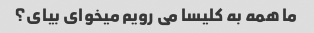
ما همه به کلیسا می رویم میخوای بیای؟